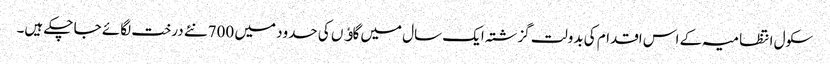
سکول انتظامیہ کے اس اقدام کی بدولت گزشتہ ایک سال میں گاﺅں کی حدود میں 700نئے درخت لگائے جا چکے ہیں۔